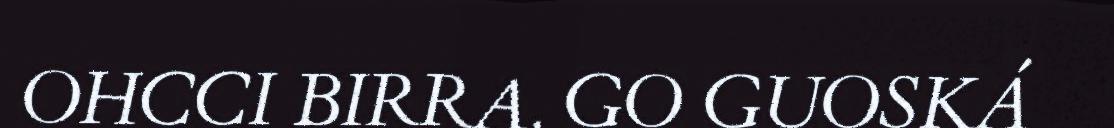
OHCCI BIRRA. GO GUOSKÁ